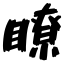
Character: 瞭